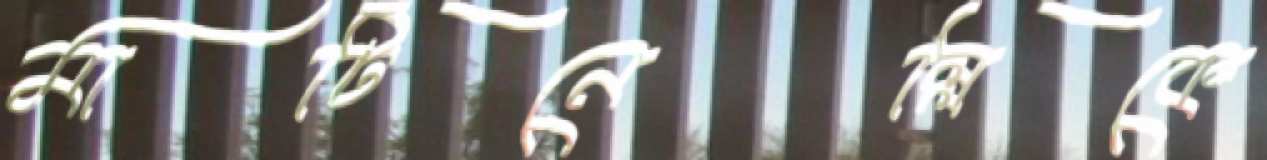
মার্টিনেল্লিকে